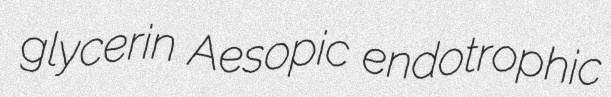
glycerin Aesopic endotrophic